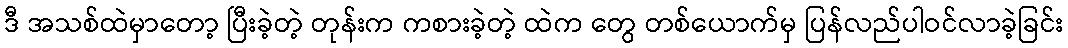
ဒီ အသစ်ထဲမှာတော့ ပြီးခဲ့တဲ့ တုန်းက ကစားခဲ့တဲ့ ထဲက တွေ တစ်ယောက်မှ ပြန်လည်ပါဝင်လာခဲ့ခြင်း